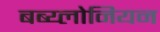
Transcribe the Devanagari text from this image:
बब्य्लोनियन